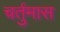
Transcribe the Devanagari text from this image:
चर्तुमास